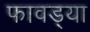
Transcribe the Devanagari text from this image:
फावड्या